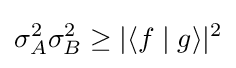
\sigma _{A}^{2}\sigma _{B}^{2}\geq |\langle f\mid g\rangle |^{2}